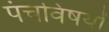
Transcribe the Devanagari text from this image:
पंचविषयों